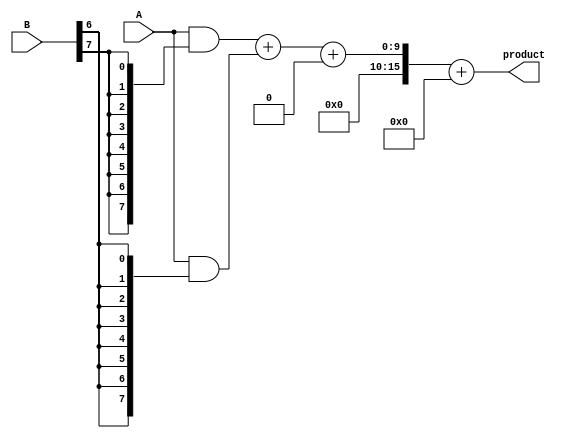
module wallace_tree_multiplier #(parameter N = 8)(
    input [N-1:0] A,
    input [N-1:0] B,
    output [2*N-1:0] product
);

// Generate Partial Products
wire [N-1:0] pp[N-1:0]; // Partial products
genvar i, j;
generate
    for (i = 0; i < N; i = i + 1) begin : partial_products
        assign pp[i] = A & {N{B[i]}};
    end
endgenerate

// Wallace Tree Reduction
wire [N+N-1:0] sum [0:N-2]; // Intermediate sums
wire [N-1:0] carry [0:N-2]; // Intermediate carries

// Stage 1: Combine Partial Products
generate
    for (i = 0; i < N-1; i = i + 1) begin : reduction_stage1
        if (i == 0) begin
            assign sum[i] = pp[0] + pp[1];
            assign carry[i] = 0;
        end else begin
            assign {carry[i], sum[i]} = pp[i + 1] + pp[i] + {carry[i - 1], 1'b0};
        end
    end
endgenerate

// Stage 2: Further Reduction
wire [N+N-1:0] final_sum;
wire final_carry;

assign {final_carry, final_sum} = sum[N-2] + {carry[N-2], 1'b0};

// Final Addition
wire [2*N-1:0] result;
assign result = {final_carry, final_sum};

// Output
assign product = result;

endmodule